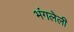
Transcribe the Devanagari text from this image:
भंगलेली